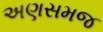
અણસમજ